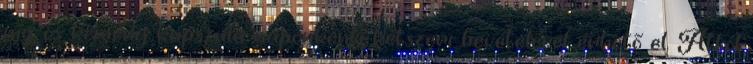
mg-os kemény kapszula naponkénti kétszeri bevételével érhető el. Attól